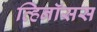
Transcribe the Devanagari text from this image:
व्हिनॉसस